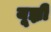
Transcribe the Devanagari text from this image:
यूझ्नी